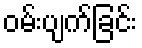
ဝမ်းပျက်ခြင်း